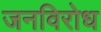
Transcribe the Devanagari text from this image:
जनविरोध